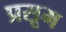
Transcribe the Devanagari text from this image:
प्रसूम